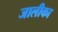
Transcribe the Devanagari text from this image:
जालीका